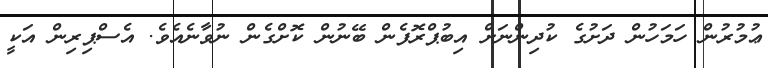
ޢުމުރުން ހަމަހުން ދަށުގެ ކުދިންނަށް އިބުޕްރޮފެން ބޭނުން ކޮށްގެން ނުވާނެއެވެ. އެސްޕިރިން އަކީ